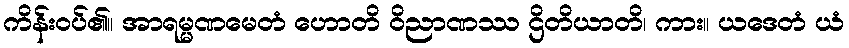
ကိန်းဝပ်၏။ အာရမ္မဏမေတံ ဟောတိ ဝိညာဏဿ ဌိတိယာတိ၊ ကား။ ယဒေတံ ယံ